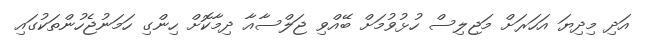
އަދި މިދިޔަ އަހަރަށް މަޖިލިސް ހުޅުވުމަށް ބޭއްވި ޖަލްސާއާ ދިމާކޮށް ހިންގި ހަމަނުޖެހުންތަކުގައި